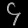
Digit: ၄